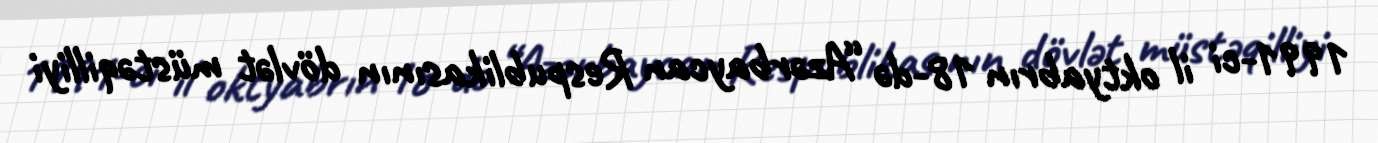
1991-ci il oktyabrın 18-də “Azərbaycan Respublikasının dövlət müstəqilliyi